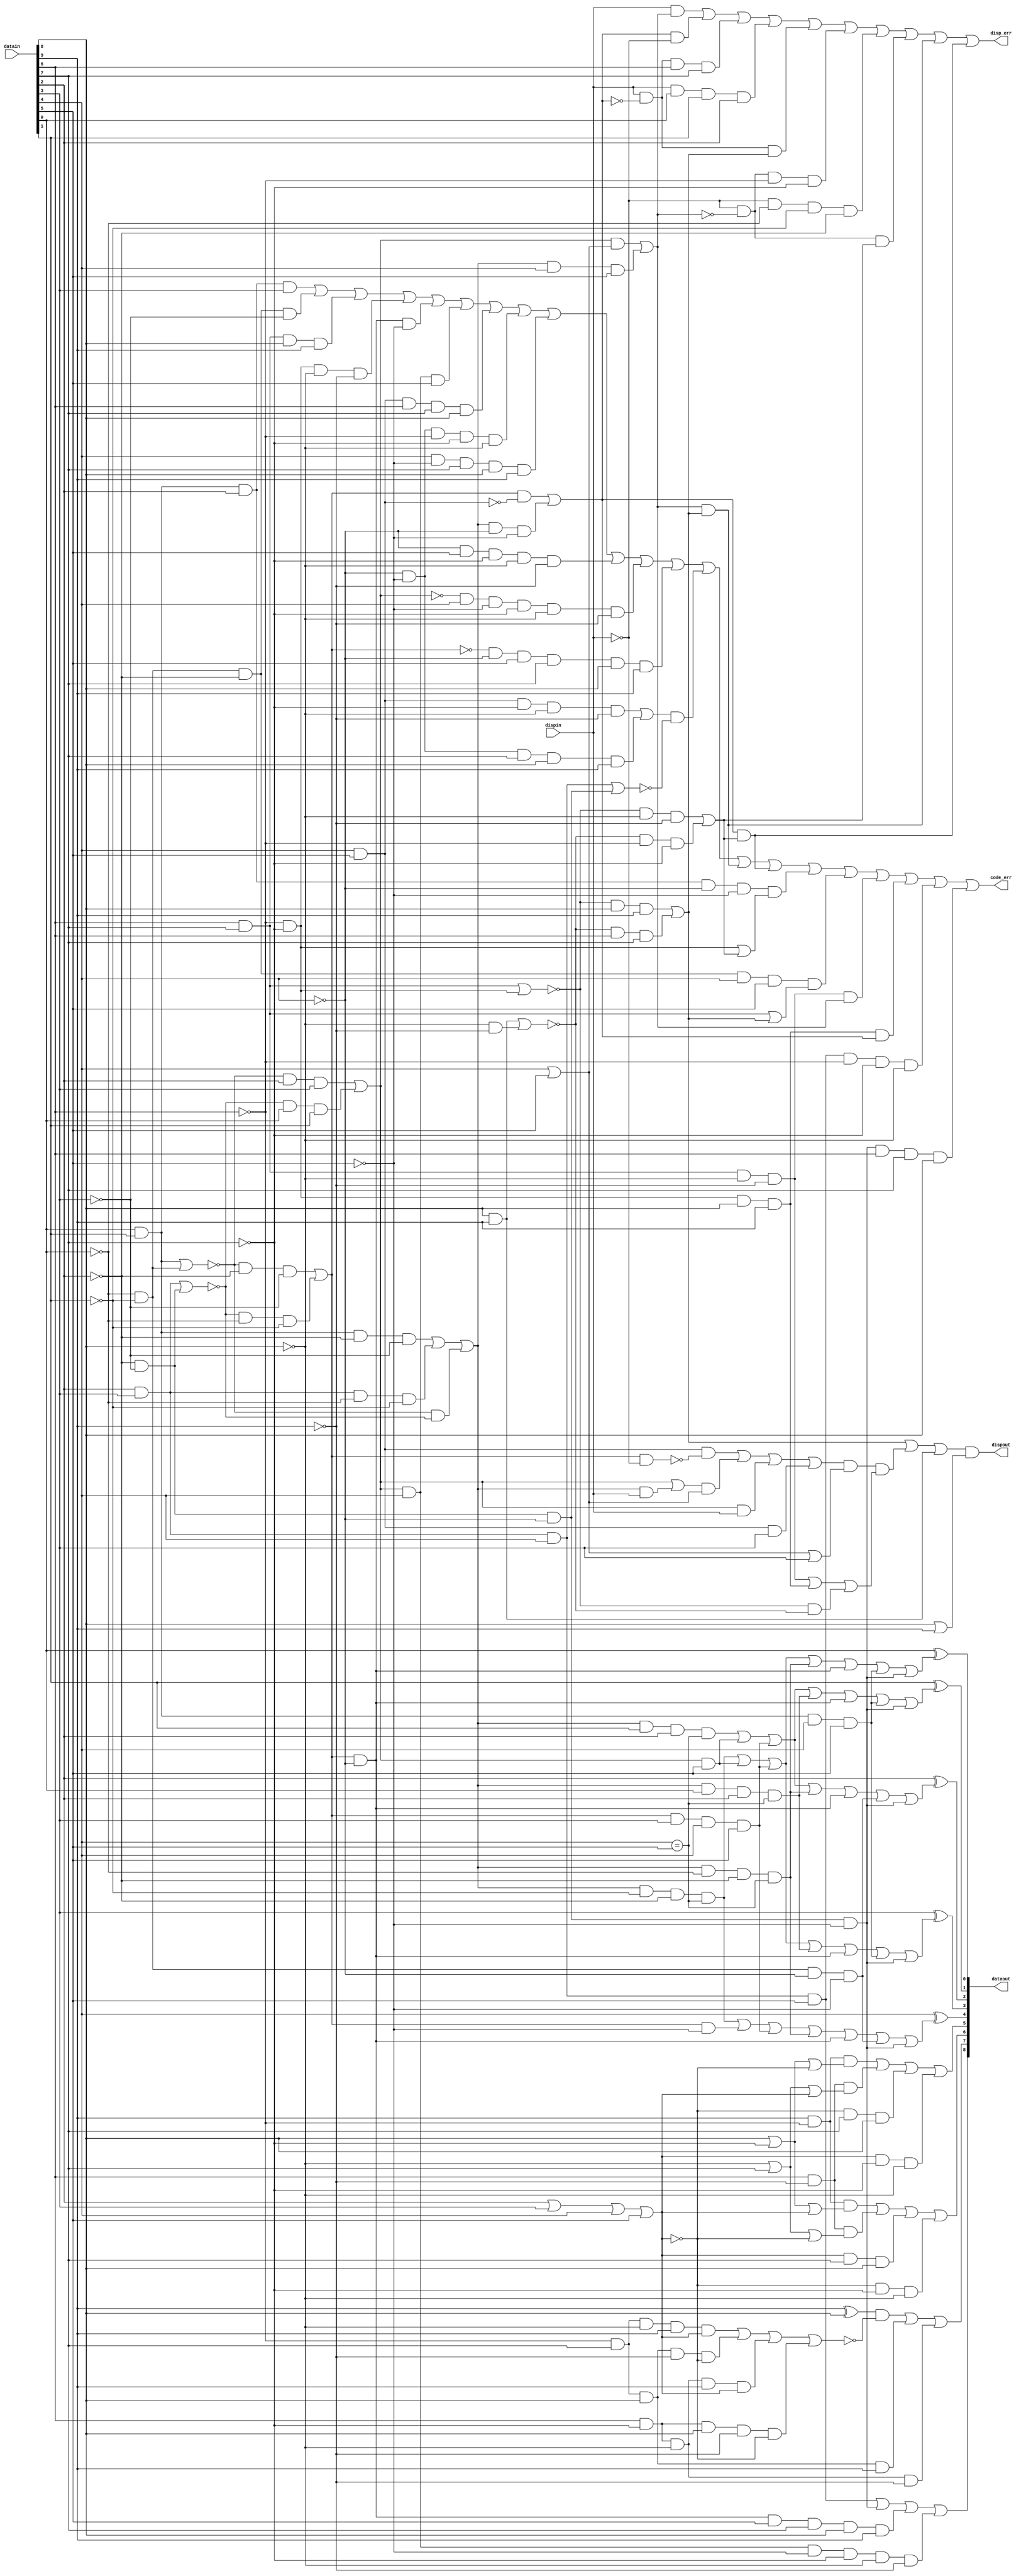
// Chuck Benz, Hollis, NH   Copyright (c)2002
//
// The information and description contained herein is the
// property of Chuck Benz.
//
// Permission is granted for any reuse of this information
// and description as long as this copyright notice is
// preserved.  Modifications may be made as long as this
// notice is preserved.

// per Widmer and Franaszek


module decode_8b10b (datain, dispin, dataout, dispout, code_err, disp_err);
  input [9:0]   datain;
  input  dispin;
  output [8:0] dataout;
  output dispout;
  output code_err;
  output disp_err;

  wire ai = datain[0];
  wire bi = datain[1];
  wire ci = datain[2];
  wire di = datain[3];
  wire ei = datain[4];
  wire ii = datain[5];
  wire fi = datain[6];
  wire gi = datain[7];
  wire hi = datain[8];
  wire ji = datain[9];

  wire aeqb = (ai & bi) | (!ai & !bi);
  wire ceqd = (ci & di) | (!ci & !di);
  wire p22 = (ai & bi & !ci & !di) |
      (ci & di & !ai & !bi) |
      ( !aeqb & !ceqd);
  wire p13 = ( !aeqb & !ci & !di) |
      ( !ceqd & !ai & !bi);
  wire p31 = ( !aeqb & ci & di) |
      ( !ceqd & ai & bi);

  wire p40 = ai & bi & ci & di;
  wire p04 = !ai & !bi & !ci & !di;

  wire disp6a = p31 | (p22 & dispin); // pos disp if p22 and was pos, or p31.
   wire disp6a2 = p31 & dispin;  // disp is ++ after 4 bits
   wire disp6a0 = p13 & ! dispin; // -- disp after 4 bits
    
  wire disp6b = (((ei & ii & ! disp6a0) | (disp6a & (ei | ii)) | disp6a2 |
    (ei & ii & di)) & (ei | ii | di));

  // The 5B/6B decoding special cases where ABCDE != abcde

  wire p22bceeqi = p22 & bi & ci & (ei == ii);
  wire p22bncneeqi = p22 & !bi & !ci & (ei == ii);
  wire p13in = p13 & !ii;
  wire p31i = p31 & ii;
  wire p13dei = p13 & di & ei & ii;
  wire p22aceeqi = p22 & ai & ci & (ei == ii);
  wire p22ancneeqi = p22 & !ai & !ci & (ei == ii);
  wire p13en = p13 & !ei;
  wire anbnenin = !ai & !bi & !ei & !ii;
  wire abei = ai & bi & ei & ii;
  wire cdei = ci & di & ei & ii;
  wire cndnenin = !ci & !di & !ei & !ii;

  // non-zero disparity cases:
  wire p22enin = p22 & !ei & !ii;
  wire p22ei = p22 & ei & ii;
  //wire p13in = p12 & !ii;
  //wire p31i = p31 & ii;
  wire p31dnenin = p31 & !di & !ei & !ii;
  //wire p13dei = p13 & di & ei & ii;
  wire p31e = p31 & ei;

  wire compa = p22bncneeqi | p31i | p13dei | p22ancneeqi | 
  p13en | abei | cndnenin;
  wire compb = p22bceeqi | p31i | p13dei | p22aceeqi | 
  p13en | abei | cndnenin;
  wire compc = p22bceeqi | p31i | p13dei | p22ancneeqi | 
  p13en | anbnenin | cndnenin;
  wire compd = p22bncneeqi | p31i | p13dei | p22aceeqi |
  p13en | abei | cndnenin;
  wire compe = p22bncneeqi | p13in | p13dei | p22ancneeqi | 
  p13en | anbnenin | cndnenin;

  wire ao = ai ^ compa;
  wire bo = bi ^ compb;
  wire co = ci ^ compc;
  wire do_ = di ^ compd;
  wire eo = ei ^ compe;

  wire feqg = (fi & gi) | (!fi & !gi);
  wire heqj = (hi & ji) | (!hi & !ji);
  wire fghj22 = (fi & gi & !hi & !ji) |
  (!fi & !gi & hi & ji) |
  ( !feqg & !heqj);
  wire fghjp13 = ( !feqg & !hi & !ji) |
   ( !heqj & !fi & !gi);
  wire fghjp31 = ( (!feqg) & hi & ji) |
   ( !heqj & fi & gi);

  wire dispout = (fghjp31 | (disp6b & fghj22) | (hi & ji)) & (hi | ji);

  wire ko = ( (ci & di & ei & ii) | ( !ci & !di & !ei & !ii) |
  (p13 & !ei & ii & gi & hi & ji) |
  (p31 & ei & !ii & !gi & !hi & !ji));

  wire alt7 =   (fi & !gi & !hi & // 1000 cases, where disp6b is 1
   ((dispin & ci & di & !ei & !ii) | ko |
    (dispin & !ci & di & !ei & !ii))) |
  (!fi & gi & hi & // 0111 cases, where disp6b is 0
   (( !dispin & !ci & !di & ei & ii) | ko |
    ( !dispin & ci & !di & ei & ii)));

  wire k28 = (ci & di & ei & ii) | ! (ci | di | ei | ii);
  // k28 with positive disp into fghi - .1, .2, .5, and .6 special cases
  wire k28p = ! (ci | di | ei | ii);
  wire fo = (ji & !fi & (hi | !gi | k28p)) |
     (fi & !ji & (!hi | gi | !k28p)) |
     (k28p & gi & hi) |
     (!k28p & !gi & !hi);
  wire go = (ji & !fi & (hi | !gi | !k28p)) |
     (fi & !ji & (!hi | gi |k28p)) |
     (!k28p & gi & hi) |
     (k28p & !gi & !hi);
  wire ho = ((ji ^ hi) & ! ((!fi & gi & !hi & ji & !k28p) | (!fi & gi & hi & !ji & k28p) | 
       (fi & !gi & !hi & ji & !k28p) | (fi & !gi & hi & !ji & k28p))) |
     (!fi & gi & hi & ji) | (fi & !gi & !hi & !ji);

  wire disp6p = (p31 & (ei | ii)) | (p22 & ei & ii);
  wire disp6n = (p13 & ! (ei & ii)) | (p22 & !ei & !ii);
  wire disp4p = fghjp31;
  wire disp4n = fghjp13;

  assign code_err = p40 | p04 | (fi & gi & hi & ji) | (!fi & !gi & !hi & !ji) |
      (p13 & !ei & !ii) | (p31 & ei & ii) |
      (ei & ii & fi & gi & hi) | (!ei & !ii & !fi & !gi & !hi) |
      (ei & !ii & gi & hi & ji) | (!ei & ii & !gi & !hi & !ji) |
      (!p31 & ei & !ii & !gi & !hi & !ji) |
      (!p13 & !ei & ii & gi & hi & ji) |
      (((ei & ii & !gi & !hi & !ji) |
        (!ei & !ii & gi & hi & ji)) &
       ! ((ci & di & ei) | (!ci & !di & !ei))) |
      (disp6p & disp4p) | (disp6n & disp4n) |
      (ai & bi & ci & !ei & !ii & ((!fi & !gi) | fghjp13)) |
      (!ai & !bi & !ci & ei & ii & ((fi & gi) | fghjp31)) |
      (fi & gi & !hi & !ji & disp6p) |
      (!fi & !gi & hi & ji & disp6n) |
      (ci & di & ei & ii & !fi & !gi & !hi) |
      (!ci & !di & !ei & !ii & fi & gi & hi);

  assign dataout = {ko, ho, go, fo, eo, do_, co, bo, ao};

  // my disp err fires for any legal codes that violate disparity, may fire for illegal codes
   assign disp_err = ((dispin & disp6p) | (disp6n & !dispin) |
        (dispin & !disp6n & fi & gi) |
        (dispin & ai & bi & ci) |
        (dispin & !disp6n & disp4p) |
        (!dispin & !disp6p & !fi & !gi) |
        (!dispin & !ai & !bi & !ci) |
        (!dispin & !disp6p & disp4n) |
        (disp6p & disp4p) | (disp6n & disp4n));
endmodule


module encode_8b10b (datain, dispin, dataout, dispout);
  input [8:0]   datain;
  input  dispin;  // 0 = neg disp; 1 = pos disp
  output [9:0] dataout;
  output dispout;

  wire ai = datain[0];
  wire bi = datain[1];
  wire ci = datain[2];
  wire di = datain[3];
  wire ei = datain[4];
  wire fi = datain[5];
  wire gi = datain[6];
  wire hi = datain[7];
  wire ki = datain[8];

  wire aeqb = (ai & bi) | (!ai & !bi);
  wire ceqd = (ci & di) | (!ci & !di);
  wire l22 = (ai & bi & !ci & !di) |
      (ci & di & !ai & !bi) |
      ( !aeqb & !ceqd);
  wire l40 = ai & bi & ci & di;
  wire l04 = !ai & !bi & !ci & !di;
  wire l13 = ( !aeqb & !ci & !di) |
      ( !ceqd & !ai & !bi);
  wire l31 = ( !aeqb & ci & di) |
      ( !ceqd & ai & bi);

  // The 5B/6B encoding

  wire ao = ai;
  wire bo = (bi & !l40) | l04;
  wire co = l04 | ci | (ei & di & !ci & !bi & !ai);
  wire do_ = di & ! (ai & bi & ci);
  wire eo = (ei | l13) & ! (ei & di & !ci & !bi & !ai);
  wire io = (l22 & !ei) |
     (ei & !di & !ci & !(ai&bi)) |  // D16, D17, D18
     (ei & l40) |
     (ki & ei & di & ci & !bi & !ai) | // K.28
     (ei & !di & ci & !bi & !ai);

  // pds16 indicates cases where d-1 is assumed + to get our encoded value
  wire pd1s6 = (ei & di & !ci & !bi & !ai) | (!ei & !l22 & !l31);
  // nds16 indicates cases where d-1 is assumed - to get our encoded value
  wire nd1s6 = ki | (ei & !l22 & !l13) | (!ei & !di & ci & bi & ai);

  // ndos6 is pds16 cases where d-1 is + yields - disp out - all of them
  wire ndos6 = pd1s6;
  // pdos6 is nds16 cases where d-1 is - yields + disp out - all but one
  wire pdos6 = ki | (ei & !l22 & !l13);


  // some Dx.7 and all Kx.7 cases result in run length of 5 case unless
  // an alternate coding is used (referred to as Dx.A7, normal is Dx.P7)
  // specifically, D11, D13, D14, D17, D18, D19.
  wire alt7 = fi & gi & hi & (ki | 
         (dispin ? (!ei & di & l31) : (ei & !di & l13)));

   
  wire fo = fi & ! alt7;
  wire go = gi | (!fi & !gi & !hi);
  wire ho = hi;
  wire jo = (!hi & (gi ^ fi)) | alt7;

  // nd1s4 is cases where d-1 is assumed - to get our encoded value
  wire nd1s4 = fi & gi;
  // pd1s4 is cases where d-1 is assumed + to get our encoded value
  wire pd1s4 = (!fi & !gi) | (ki & ((fi & !gi) | (!fi & gi)));

  // ndos4 is pd1s4 cases where d-1 is + yields - disp out - just some
  wire ndos4 = (!fi & !gi);
  // pdos4 is nd1s4 cases where d-1 is - yields + disp out 
  wire pdos4 = fi & gi & hi;

  // only legal K codes are K28.0->.7, K23/27/29/30.7
  // K28.0->7 is ei=di=ci=1,bi=ai=0
  // K23 is 10111
  // K27 is 11011
  // K29 is 11101
  // K30 is 11110 - so K23/27/29/30 are ei & l31
  wire illegalk = ki & 
    (ai | bi | !ci | !di | !ei) & // not K28.0->7
    (!fi | !gi | !hi | !ei | !l31); // not K23/27/29/30.7

  // now determine whether to do the complementing
  // complement if prev disp is - and pd1s6 is set, or + and nd1s6 is set
  wire compls6 = (pd1s6 & !dispin) | (nd1s6 & dispin);

  // disparity out of 5b6b is disp in with pdso6 and ndso6
  // pds16 indicates cases where d-1 is assumed + to get our encoded value
  // ndos6 is cases where d-1 is + yields - disp out
  // nds16 indicates cases where d-1 is assumed - to get our encoded value
  // pdos6 is cases where d-1 is - yields + disp out
  // disp toggles in all ndis16 cases, and all but that 1 nds16 case

  wire disp6 = dispin ^ (ndos6 | pdos6);

  wire compls4 = (pd1s4 & !disp6) | (nd1s4 & disp6);
  assign dispout = disp6 ^ (ndos4 | pdos4);

  assign dataout = {(jo ^ compls4), (ho ^ compls4),
      (go ^ compls4), (fo ^ compls4),
      (io ^ compls6), (eo ^ compls6),
      (do_ ^ compls6), (co ^ compls6),
      (bo ^ compls6), (ao ^ compls6)};
endmodule